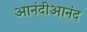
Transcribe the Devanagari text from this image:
आनंदीआनंद